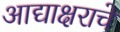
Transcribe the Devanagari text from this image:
आद्याक्षराचे